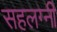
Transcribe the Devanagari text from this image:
सहलग्नी